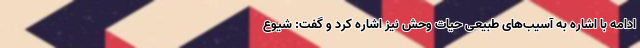
ادامه با اشاره به آسیب‌های طبیعی حیات وحش نیز اشاره کرد و گفت: شیوع